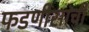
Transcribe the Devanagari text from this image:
फडणीसांची